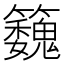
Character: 𮵹